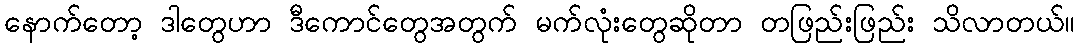
နောက်တော့ ဒါတွေဟာ ဒီကောင်တွေအတွက် မက်လုံးတွေဆိုတာ တဖြည်းဖြည်း သိလာတယ်။